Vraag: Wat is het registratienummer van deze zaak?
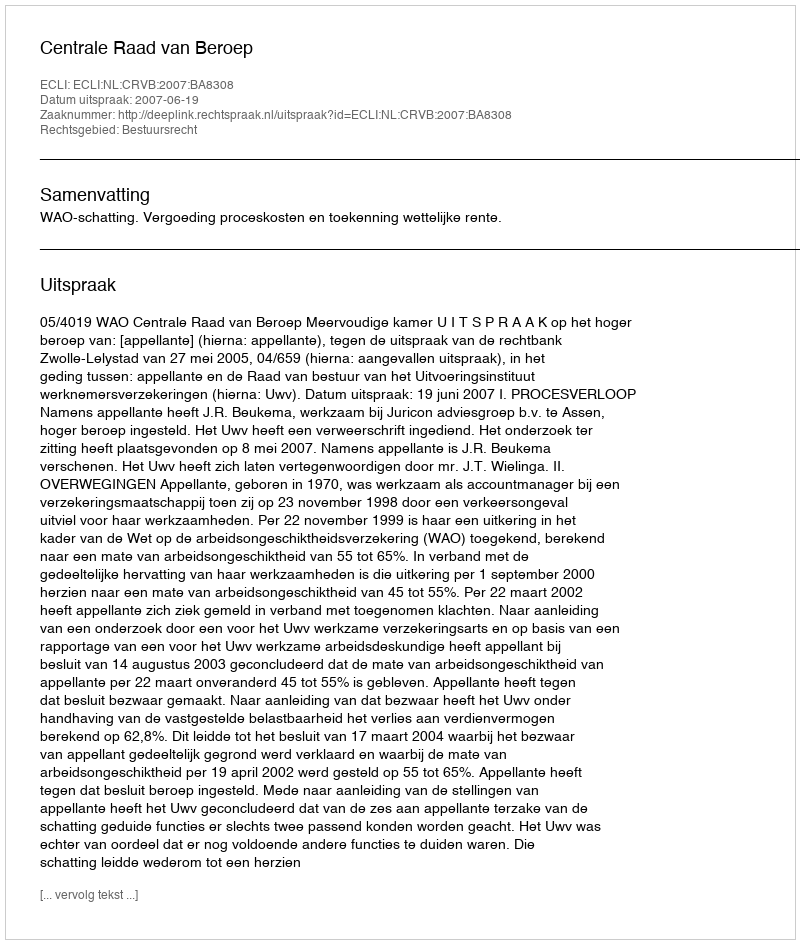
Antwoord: http://deeplink.rechtspraak.nl/uitspraak?id=ECLI:NL:CRVB:2007:BA8308